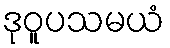
ဒုဝူပသမယံ